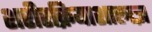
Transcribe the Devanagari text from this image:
शरीरक्रियाशास्त्रज्ञ